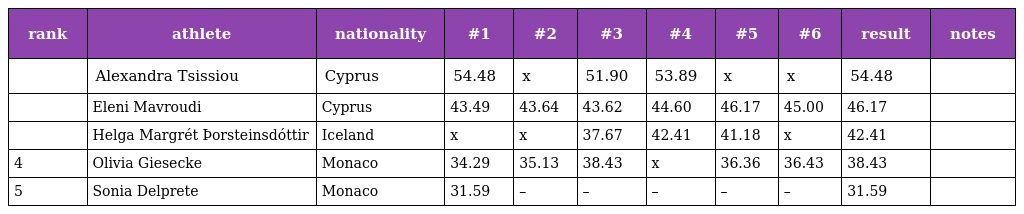
| rank | athlete | nationality | #1 | #2 | #3 | #4 | #5 | #6 | result | notes |
 | --- | --- | --- | --- | --- | --- | --- | --- | --- | --- | --- |
 |  | Alexandra Tsissiou | Cyprus | 54.48 | x | 51.90 | 53.89 | x | x | 54.48 |  |
 |  | Eleni Mavroudi | Cyprus | 43.49 | 43.64 | 43.62 | 44.60 | 46.17 | 45.00 | 46.17 |  |
 |  | Helga Margrét Þorsteinsdóttir | Iceland | x | x | 37.67 | 42.41 | 41.18 | x | 42.41 |  |
 | 4 | Olivia Giesecke | Monaco | 34.29 | 35.13 | 38.43 | x | 36.36 | 36.43 | 38.43 |  |
 | 5 | Sonia Delprete | Monaco | 31.59 | – | – | – | – | – | 31.59 |  |